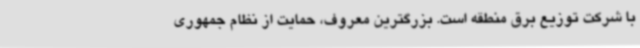
با شرکت توزیع برق منطقه است. بزرگترین معروف، حمایت از نظام جمهوری